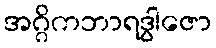
အဂ္ဂိကဘာရဒွါဇော